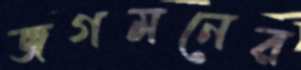
জগমনের